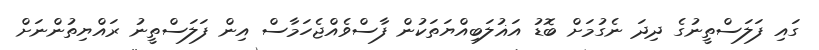
ގައި ފަލަސްތީނުގެ ދިދަ ނެގުމަށް ބޮޑު އަޣުލަބިއްޔަތަކުން ފާސްވެއްޖެހަމާސް އިން ފަލަސްތީނު ރައްޔިތުންނަށް